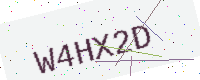
Text: W4HX2D